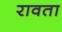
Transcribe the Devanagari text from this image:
रावता